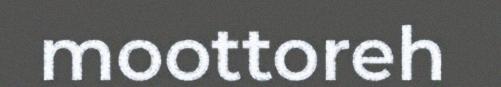
moottoreh